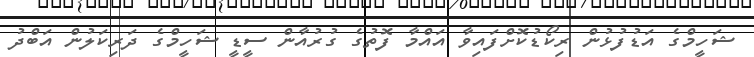
ޝަހީމްގެ އަޑުފުޅުން ރިކޯޑުކޮށްފައިވާ އައްމާ ފޮތުގެ ގުރުއާން ސީޑީ ޝަހީމްގެ ދަރިކަލުން އަބްދު